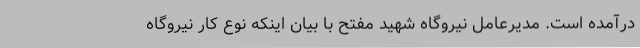
درآمده است. مدیرعامل نیروگاه شهید مفتح با بیان اینکه نوع کار نیروگاه